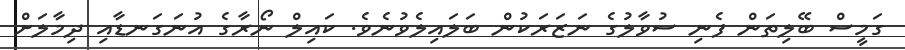
ގަމީސް ބޭލިތަން ފެނި ސުވާލުގެ ނަޒަރަކުން ބަލައިލެވުނެވެ. ކައިލް ނޯރާގެ އުނަގަނޑާއި ދިމާލަށް